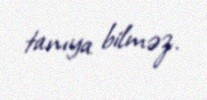
tanıya bilməz.